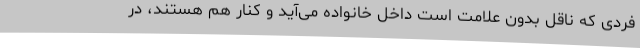
فردی که ناقل بدون علامت است داخل خانواده می‌آید و کنار هم هستند، در